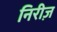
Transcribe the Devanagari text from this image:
निरीज़